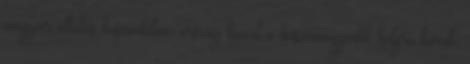
magyar ellátás huszonkilenc ország közül a huszonnegyedik helyre került,